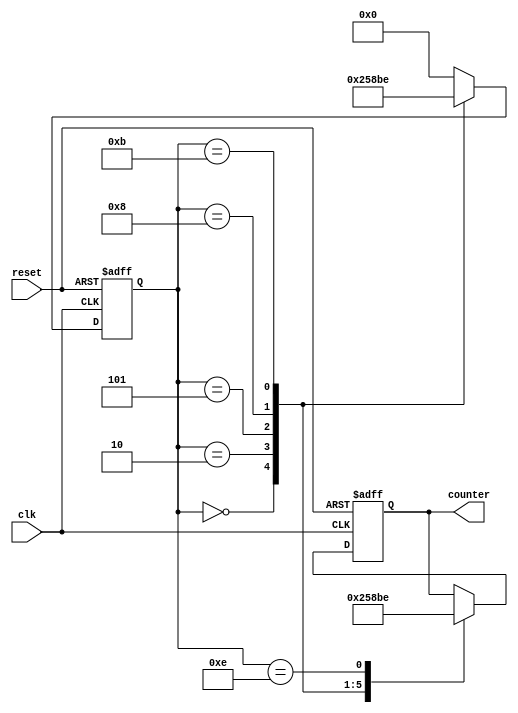
// This program was cloned from: https://github.com/ekb0412/100DaysofRTL
// License: Apache License 2.0

`timescale 1ns / 1ps

module sequence_counter(
    input clk,
    input reset,
    output reg [3:0] counter
);

reg [3:0] count;

always @(posedge clk, posedge reset) begin
    if (reset) begin
        count <= 4'b0000;
        counter <= 4'b0000;
    end 

    else begin
        case (count)
            4'b0000: begin // 0
                counter <= 4'b0000;
                count <= 3'b010;
            end
            4'b0010: begin // 2
                counter <= 4'b0010;
                count <= 4'b0101;
            end
            4'b0101: begin // 5
                counter <= 4'b0101;
                count <= 4'b1000;
            end
            4'b1000: begin // 8
                counter <= 4'b1000;
                count <= 4'b1011;
            end
            4'b1011: begin // 11
                counter <= 4'b1011;
                count <= 4'b1110;
            end
            4'b1110: begin // 14
                counter <= 4'b1110;
                count <= 4'b0000;
            end
            default: count <= 4'b0000;
        endcase
    end
end

endmodule